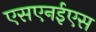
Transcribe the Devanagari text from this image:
एसएनईएस